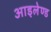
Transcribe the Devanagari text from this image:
आइलेण्ड